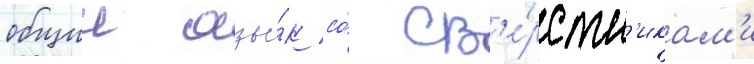
общии язы́к со́ св'е́рстн'икам'и